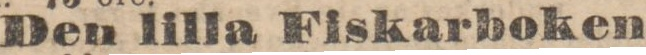
Den lilla Fiskarboken,